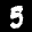
Label: 5